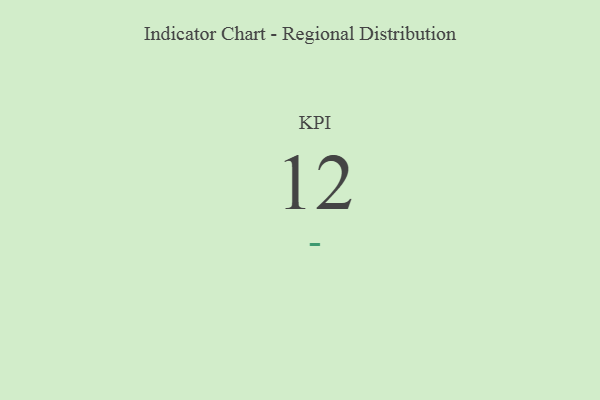
{"axis": {"x": "KPI", "y": "Value"}, "legend": [""], "data": [{"x": "KPI", "y": 12, "type": ""}]}